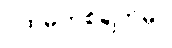
ပထမတစ်ချက်မှာ